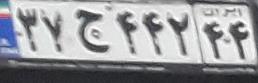
۳۷ج۴۴۲۴۴